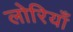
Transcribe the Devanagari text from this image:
लोरियाँ